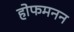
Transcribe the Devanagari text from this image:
होफमनन